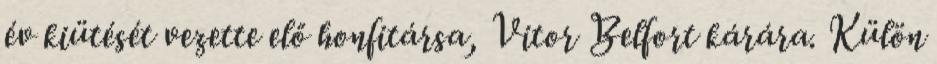
év kiütését vezette elő honfitársa, Vitor Belfort kárára. Külön